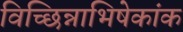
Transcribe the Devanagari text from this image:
विच्छिन्नाभिषेकांक